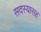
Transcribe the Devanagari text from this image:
सदस्यासह